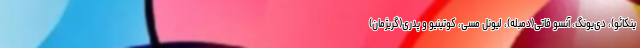
ینکائو)، دی‌یونگ، آنسو فاتی(دمبله)، لیونل مسی، کوتینیو و پدری(گریژمان)